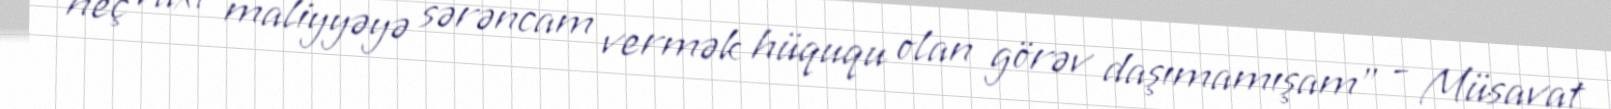
heç vaxt maliyyəyə sərəncam vermək hüququ olan görəv daşımamışam” - Müsavat